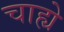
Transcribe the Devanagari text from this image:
चाह्ये